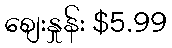
စျေးနှုန်း $5.99